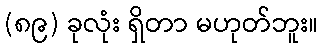
(၈၉) ခုလုံး ရှိတာ မဟုတ်ဘူး။